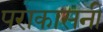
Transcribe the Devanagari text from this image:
पराकासनी